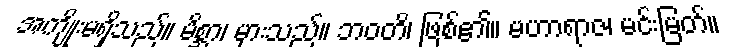
အကျိုးမရှိသည်။ မိစ္ဆာ၊ မှားသည်။ ဘဝတိ၊ ဖြစ်၏။ မဟာရာဇ၊ မင်းမြတ်။